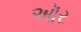
ઑર